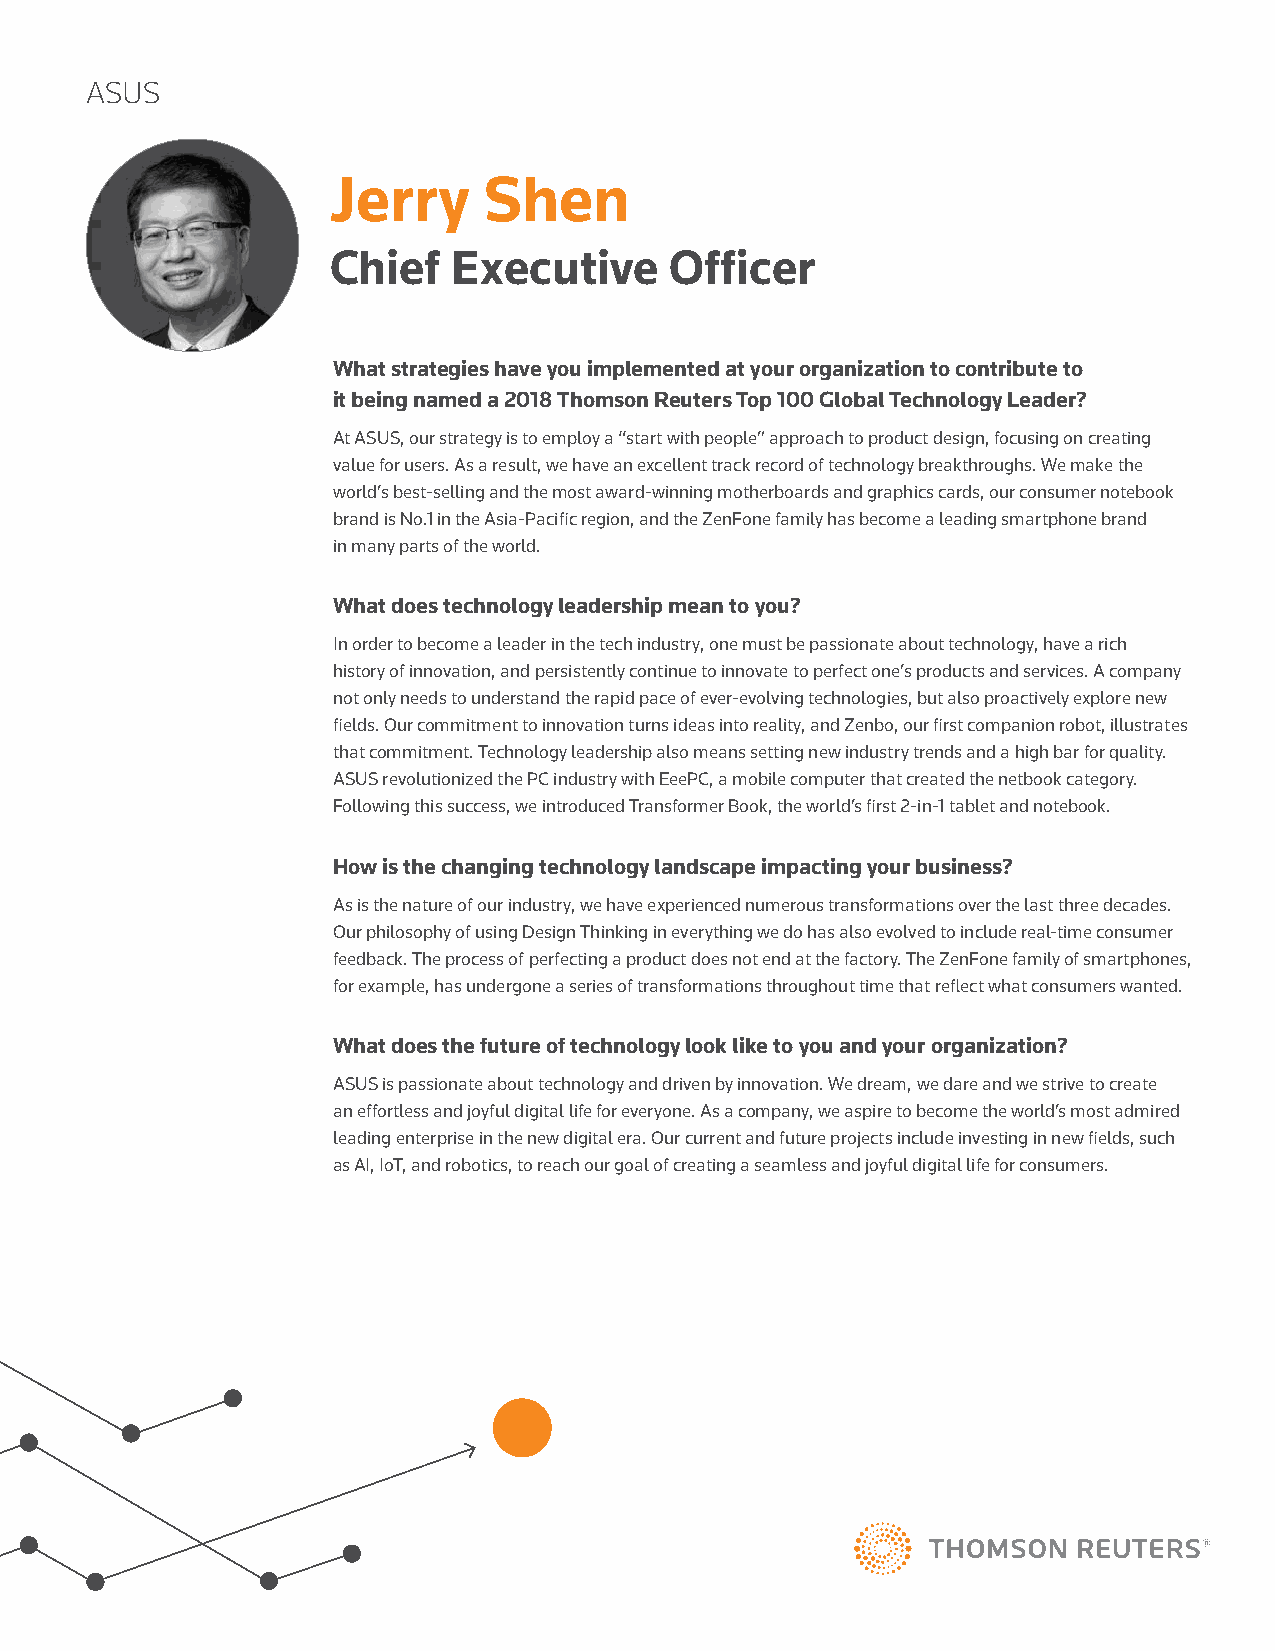
ASUS
 Jerry     Shen
 Chief   Executive     Officer
 What strategies have you implemented at your organization to contribute to
 it being named a 2018 Thomson Reuters Top 100 Global Technology Leader?
 At ASUS, our strategy is to employ a “start with people” approach to product design, focusing on creating
 value for users. As a result, we have an excellent track record of technology breakthroughs. We make the
 world’s best-selling and the most award-winning motherboards and graphics cards, our consumer notebook
 brand is No.1 in the Asia-Pacific region, and the ZenFone family has become a leading smartphone brand
 in many parts of the world.
 What does technology leadership mean to you?
 In order to become a leader in the tech industry, one must be passionate about technology, have a rich
 history of innovation, and persistently continue to innovate to perfect one’s products and services. A company
 not only needs to understand the rapid pace of ever-evolving technologies, but also proactively explore new
 fields. Our commitment to innovation turns ideas into reality, and Zenbo, our first companion robot, illustrates
 that commitment. Technology leadership also means setting new industry trends and a high bar for quality.
 ASUS revolutionized the PC industry with EeePC, a mobile computer that created the netbook category.
 Following this success, we introduced Transformer Book, the world’s first 2-in-1 tablet and notebook.
 How is the changing technology landscape impacting your business?
 As is the nature of our industry, we have experienced numerous transformations over the last three decades.
 Our philosophy of using Design Thinking in everything we do has also evolved to include real-time consumer
 feedback. The process of perfecting a product does not end at the factory. The ZenFone family of smartphones,
 for example, has undergone a series of transformations throughout time that reflect what consumers wanted.
 What does the future of technology look like to you and your organization?
 ASUS is passionate about technology and driven by innovation. We dream, we dare and we strive to create
 an effortless and joyful digital life for everyone. As a company, we aspire to become the world’s most admired
 leading enterprise in the new digital era. Our current and future projects include investing in new fields, such
 as AI, IoT, and robotics, to reach our goal of creating a seamless and joyful digital life for consumers.